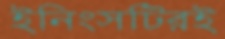
ইনিংসটিরই